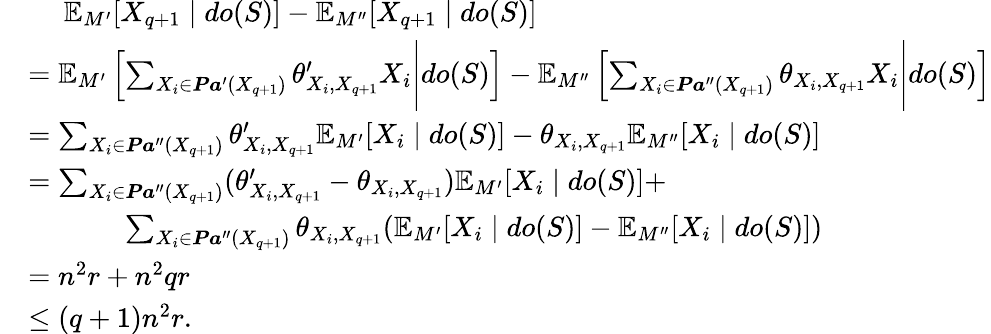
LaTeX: \begin{array}{rl}&{\ \ \ \ \ \mathbb{E}_{M^{\prime}}[X_{q+1}\mid do(S)]-\mathbb{E}_{M^{\prime\prime}}[X_{q+1}\mid do(S)]}\\ &{=\mathbb{E}_{M^{\prime}}\left[\sum_{X_{i}\in\boldsymbol{\mathit Pa}^{\prime}(X_{q+1})}\theta_{X_{i},X_{q+1}}^{\prime}X_{i}\Bigg|do(S)\right]-\mathbb{E}_{M^{\prime\prime}}\left[\sum_{X_{i}\in\boldsymbol{\mathit Pa}^{\prime\prime}(X_{q+1})}\theta_{X_{i},X_{q+1}}X_{i}\Bigg|do(S)\right]}\\ &{=\sum_{X_{i}\in\boldsymbol{\mathit Pa}^{\prime\prime}(X_{q+1})}\theta_{X_{i},X_{q+1}}^{\prime}\mathbb{E}_{M^{\prime}}[X_{i}\mid do(S)]-\theta_{X_{i},X_{q+1}}\mathbb{E}_{M^{\prime\prime}}[X_{i}\mid do(S)]}\\ &{=\sum_{X_{i}\in\boldsymbol{\mathit Pa}^{\prime\prime}(X_{q+1})}(\theta_{X_{i},X_{q+1}}^{\prime}-\theta_{X_{i},X_{q+1}})\mathbb{E}_{M^{\prime}}[X_{i}\mid do(S)]+}\\ &{\ \ \ \ \ \ \ \ \ \ \ \ \ \sum_{X_{i}\in\boldsymbol{\mathit Pa}^{\prime\prime}(X_{q+1})}\theta_{X_{i},X_{q+1}}(\mathbb{E}_{M^{\prime}}[X_{i}\mid do(S)]-\mathbb{E}_{M^{\prime\prime}}[X_{i}\mid do(S)])}\\ &{=n^{2}r+n^{2}qr}\\ &{\le(q+1)n^{2}r.}\end{array}